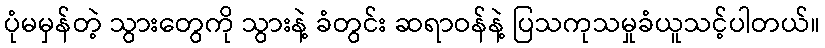
ပုံမမှန်တဲ့ သွားတွေကို သွားနဲ့ ခံတွင်း ဆရာဝန်နဲ့ ပြသကုသမှုခံယူသင့်ပါတယ်။